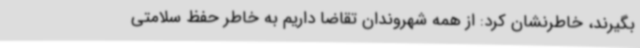
بگیرند، خاطرنشان کرد: از همه شهروندان تقاضا داریم به ‌خاطر حفظ سلامتی